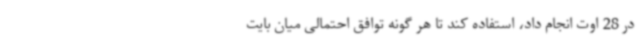
در 28 اوت انجام داد، استفاده کند تا هر گونه توافق احتمالی میان بایت